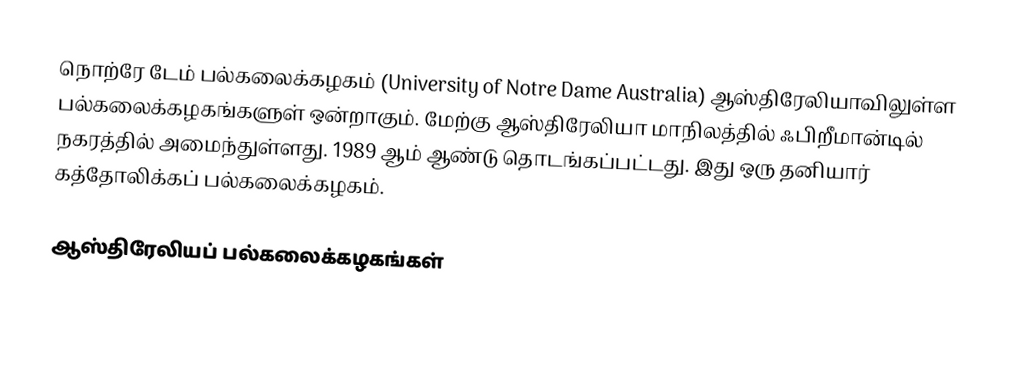
நொற்ரே டேம் பல்கலைக்கழகம் (University of Notre Dame Australia) ஆஸ்திரேலியாவிலுள்ள பல்கலைக்கழகங்களுள் ஒன்றாகும். மேற்கு ஆஸ்திரேலியா மாநிலத்தில் ஃபிறீமான்டில் நகரத்தில் அமைந்துள்ளது. 1989 ஆம் ஆண்டு தொடங்கப்பட்டது. இது ஒரு தனியார் கத்தோலிக்கப் பல்கலைக்கழகம்.

ஆஸ்திரேலியப் பல்கலைக்கழகங்கள்